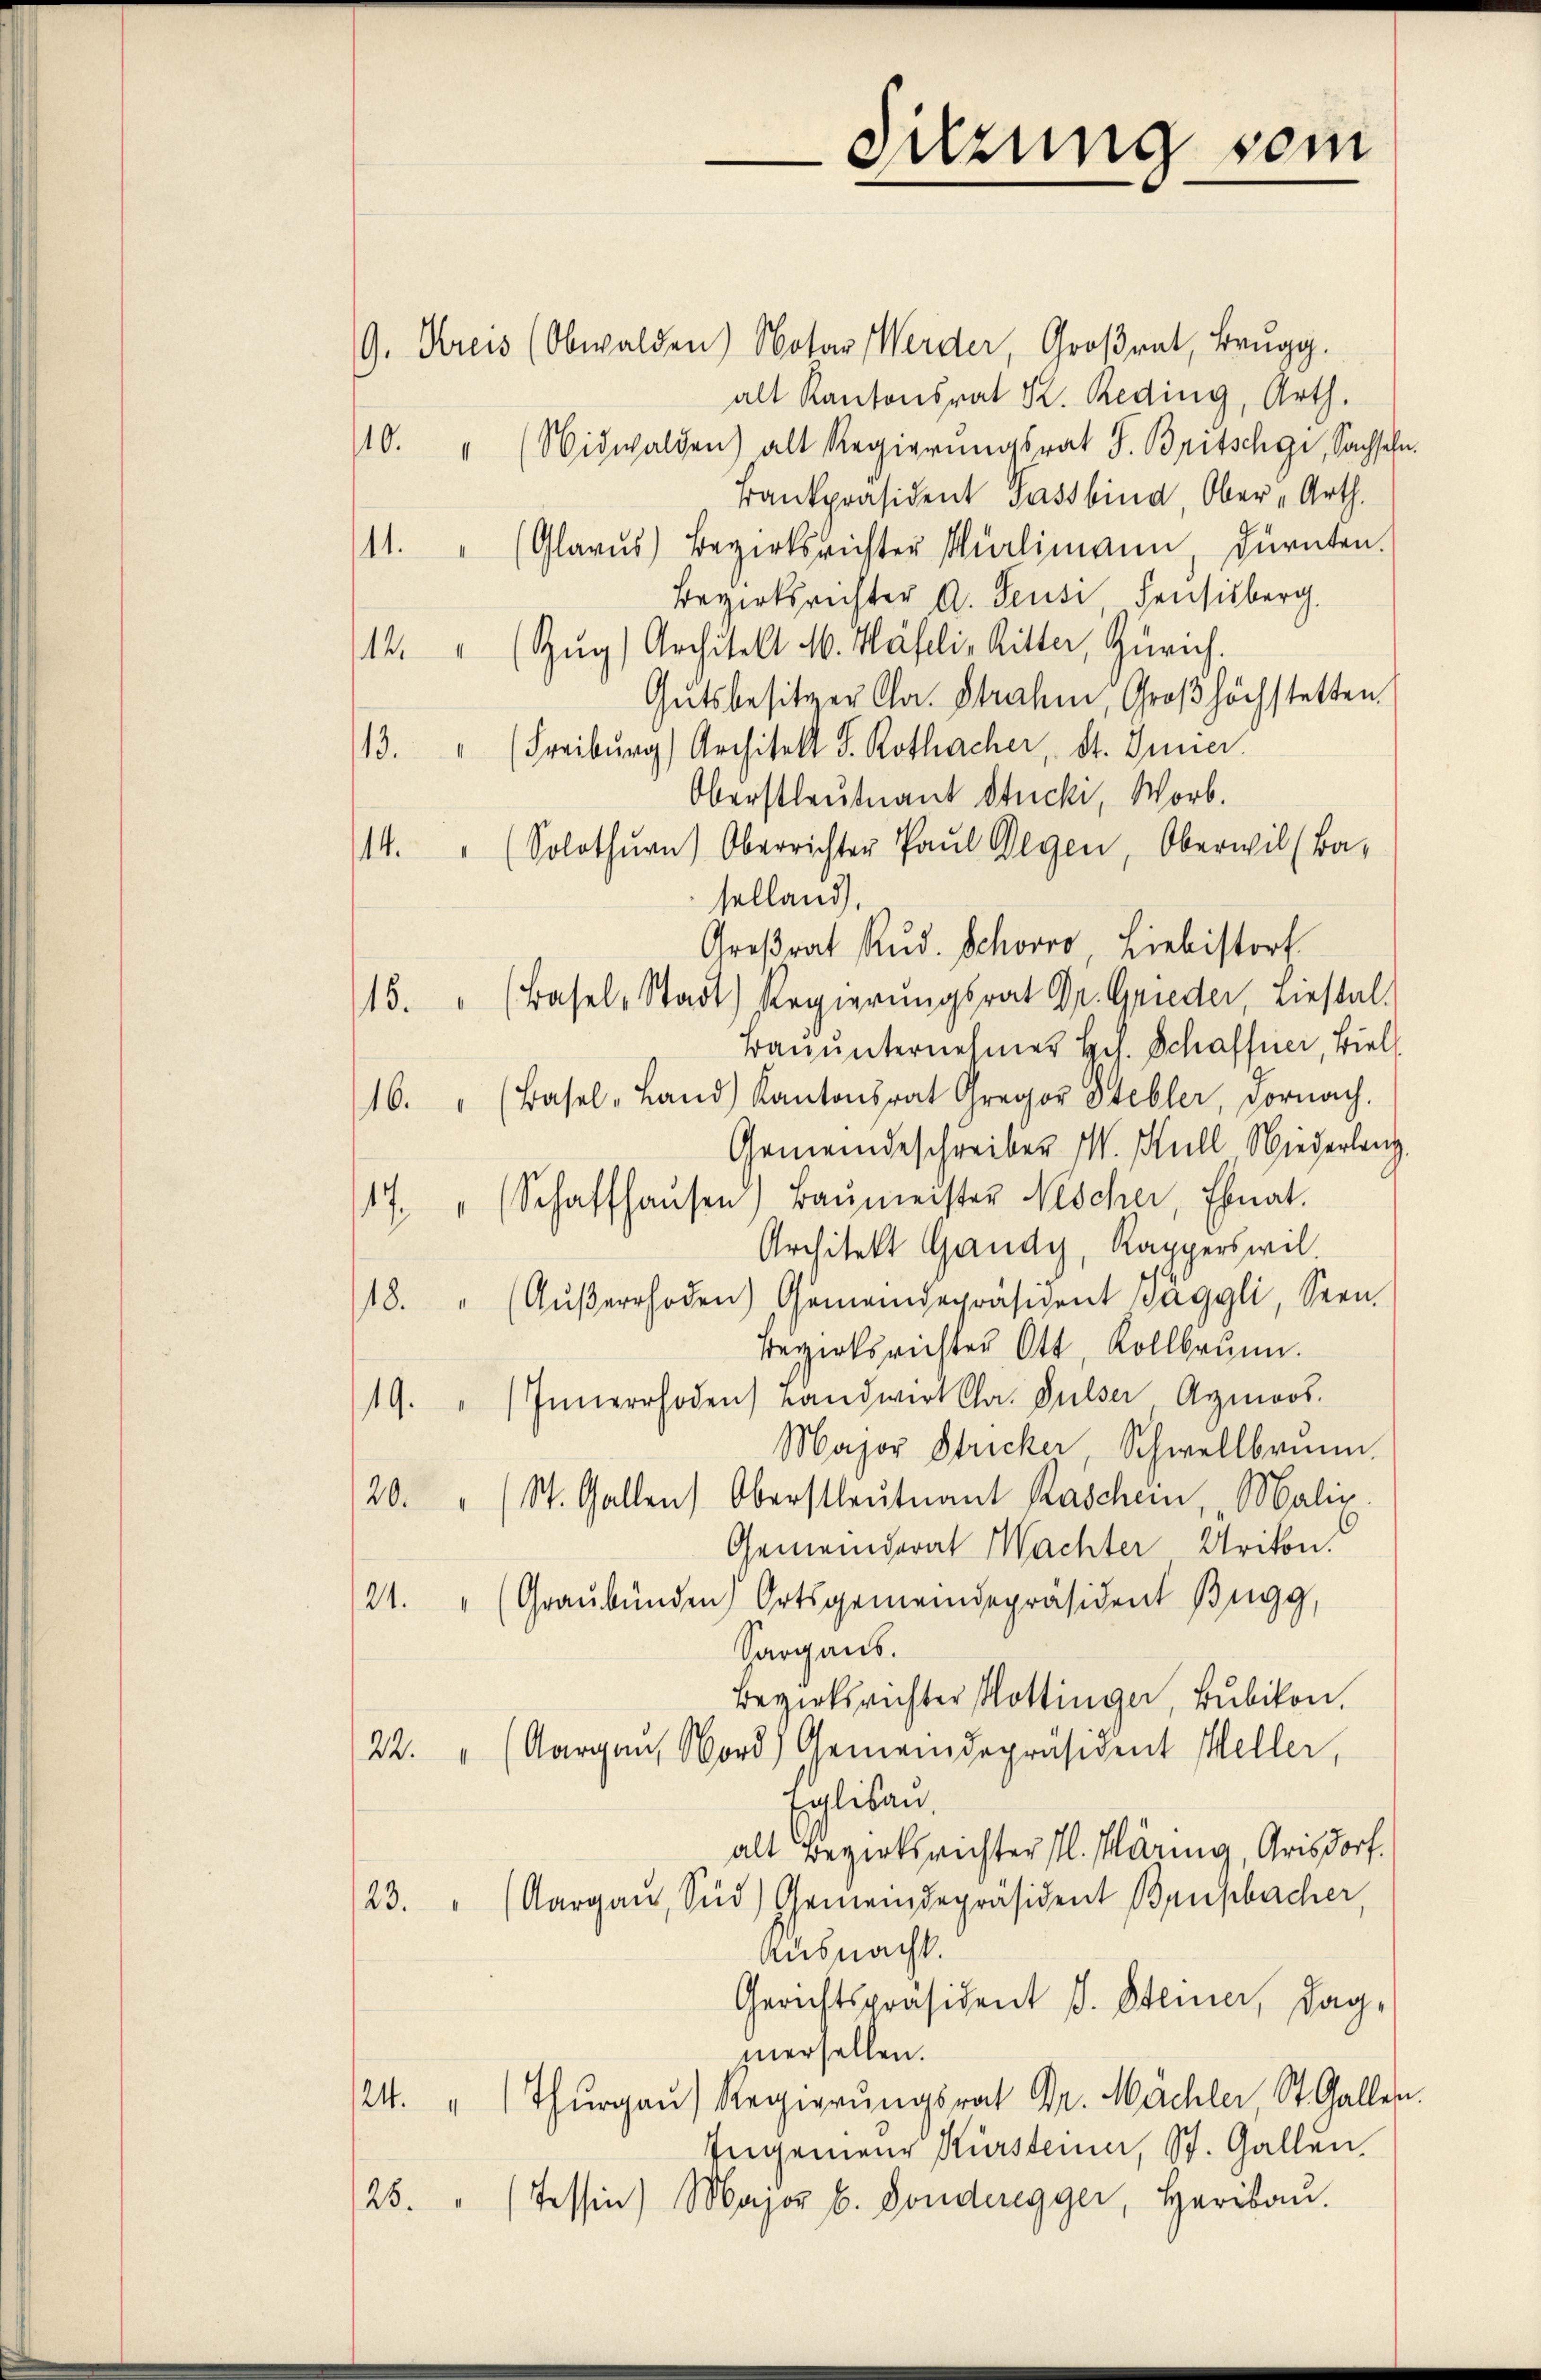
9. Kreis (Obwalden) Notar Werder, Großrat, Brugg.
alt Kantonsrat K. Reding, Arth.
110. " (Nidwalden) alt Regierungsrat J. Britschgi, Sachseln
Bankpräsident Fassbind, Ober „Arth.
11. " (Glarus) Bezirksrichter Milimann, Dürnten.
Bezirksrichter A. Feusi Feusisberg
14. " (Zŭg) Architekt M. Häfeli, Ritter, Zürich.
Gutsbesitzer Cla. Strahen, Groβhöchstetten.
13. " (Freiburg) Architelt S. Rothacher, St. Inner
Oberstleutnant Stucki, Worb.
/14. " (Solothŭrn) Oberrichter Paŭl Wegen, Oberwil (Ba-
selland,
Großrat Rud. Schoro, Liebistort
15. " (Basel-Stadt) Regierungsrat Dr. Grieder, einstalt
Bauunternehmer Hch. Schaffner, Biel
16. " (Basel-Land Kantonsrat Gregor Stebler, Dornach.
Gemeindeschreiber M. Hull Niederlang
17. " (Schaffhausen, Baŭmeister Nescher, Ebnat.
Architekt Gaudy, Kapperswil.
18. " (Aŭβerrhoden) Gemeindepräsident Jäggli, Seen.
Bezirksrichter Ott Kollbrunn.
19. " Innerrhoden Landwirt Chr. Pulser Armoos.
Major Stricker, Schwellbrunn.
20. " (St. Gallen Oberstleutnant Raschem Malix.
Gemeinderat Wachter Urikon.
21. " (Graubünden Ortsgemeindepräsident Bugg,
Sargans.
Bezirksrichter Hottinger, Bubikon,
22. " (Aargau, Nord) Gemeindepräsident Meller,
Eglisan.
alt Bezirksrichter fl. Päring, Arisdorf.
/23. " (Aargau, Süd) Gemeindepräsident Brupbacher,
Ausnacht.
Gerichtspräsident J. Steiner, dag
iersellen.
/24. "  Thŭrgaŭ) Regierŭngsrat Dr. Mächler, St. Galler
Ingenieur Kürsteiner, St. Gallen.
/25. " (Tessin) Major b. Gonderegger, Heribaŭ.

Sitzung vom

4